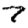
Digit: 7